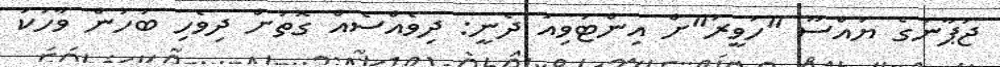
ޖަޕާނުގެ ޔައްސޫ "ހަވީރަ"ށް އިންޓަވިއު ދެނީ: ދިވެއްސެއް ގޮތަށް ދިވެހި ބަހުން ވާހަކަ